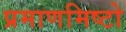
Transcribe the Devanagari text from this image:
प्रमाणमिष्टो